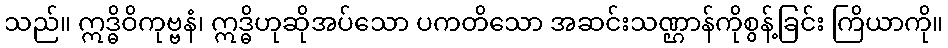
သည်။ ဣဒ္ဓိဝိကုဗ္ဗနံ၊ ဣဒ္ဓိဟုဆိုအပ်သော ပကတိသော အဆင်းသဏ္ဌာန်ကိုစွန့်ခြင်း ကြိယာကို။